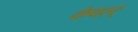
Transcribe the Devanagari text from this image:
केवल्